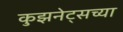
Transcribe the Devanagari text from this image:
कुझनेट्सच्या